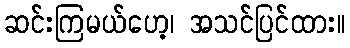
ဆင်းကြမယ်ဟေ့၊ အသင်ပြင်ထား။